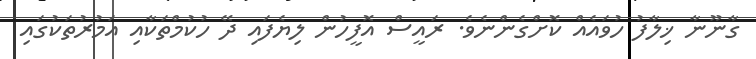
ގާނޫނާ ޚިލާފު ހުވައެއް ކޮށްގެންނެވެ. ރައީސް އޮފީހުން ލިޔެފައި ދޭ ހުކުމްތަކާއި އަމުރުތަކުގައި